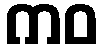
ကဝ